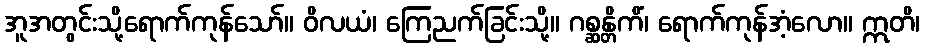
အူအတွင်းသို့ရောက်ကုန်သော်။ ဝိလယံ၊ ကြေညက်ခြင်းသို့။ ဂစ္ဆန္တိကိံ၊ ရောက်ကုန်အံ့လော။ ဣတိ၊